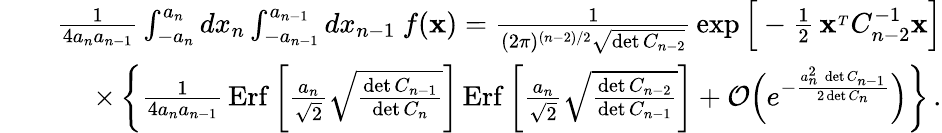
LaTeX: \begin{array}{rlr}&{}&{{\frac{1}{4a_{n}a_{n-1}}}\int_{-a_{n}}^{a_{n}}dx_{n}\int_{-a_{n-1}}^{a_{n-1}}dx_{n-1}\ f({\mathbf x})={\frac{1}{(2\pi)^{(n-2)/2}\sqrt{\operatorname*{det}C_{n-2}}}}\exp\Big[-{\frac{1}{2}}\, {\mathbf x}^{_T}C_{n-2}^{-1}{\mathbf x}\Big]}\\ &{}&{\times\left\{ {\frac{1}{4a_{n}a_{n-1}}}\, \mathrm{Erf}\left[{\frac{a_{n}}{\sqrt 2}}\sqrt{\frac{\operatorname*{det}C_{n-1}}{\operatorname*{det}C_{n}}}\right]\, \mathrm{Erf}\left[{\frac{a_{n}}{\sqrt 2}}\sqrt{\frac{\operatorname*{det}C_{n-2}}{\operatorname*{det}C_{n-1}}}\right]+{\cal O}\Big(e^{-{\frac{a_{n}^{2}\, \operatorname*{det}C_{n-1}}{2\operatorname*{det}C_{n}}}}\Big)\right\} \, .}\end{array}